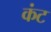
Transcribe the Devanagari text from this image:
कंट